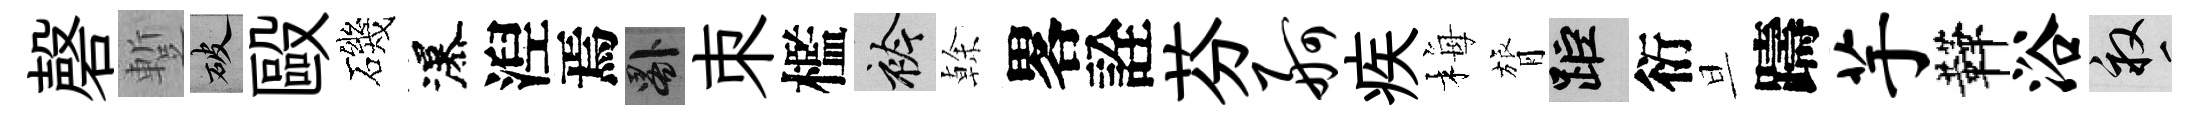
磬蹔破毆磯瀑湼焉晷朿檻衿𠏉畧詮芬舸疾梅膂距衍旦躊芋鞾浴畝